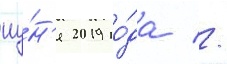
иу́н'я 2019 го́да //